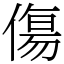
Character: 傷